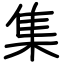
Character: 集